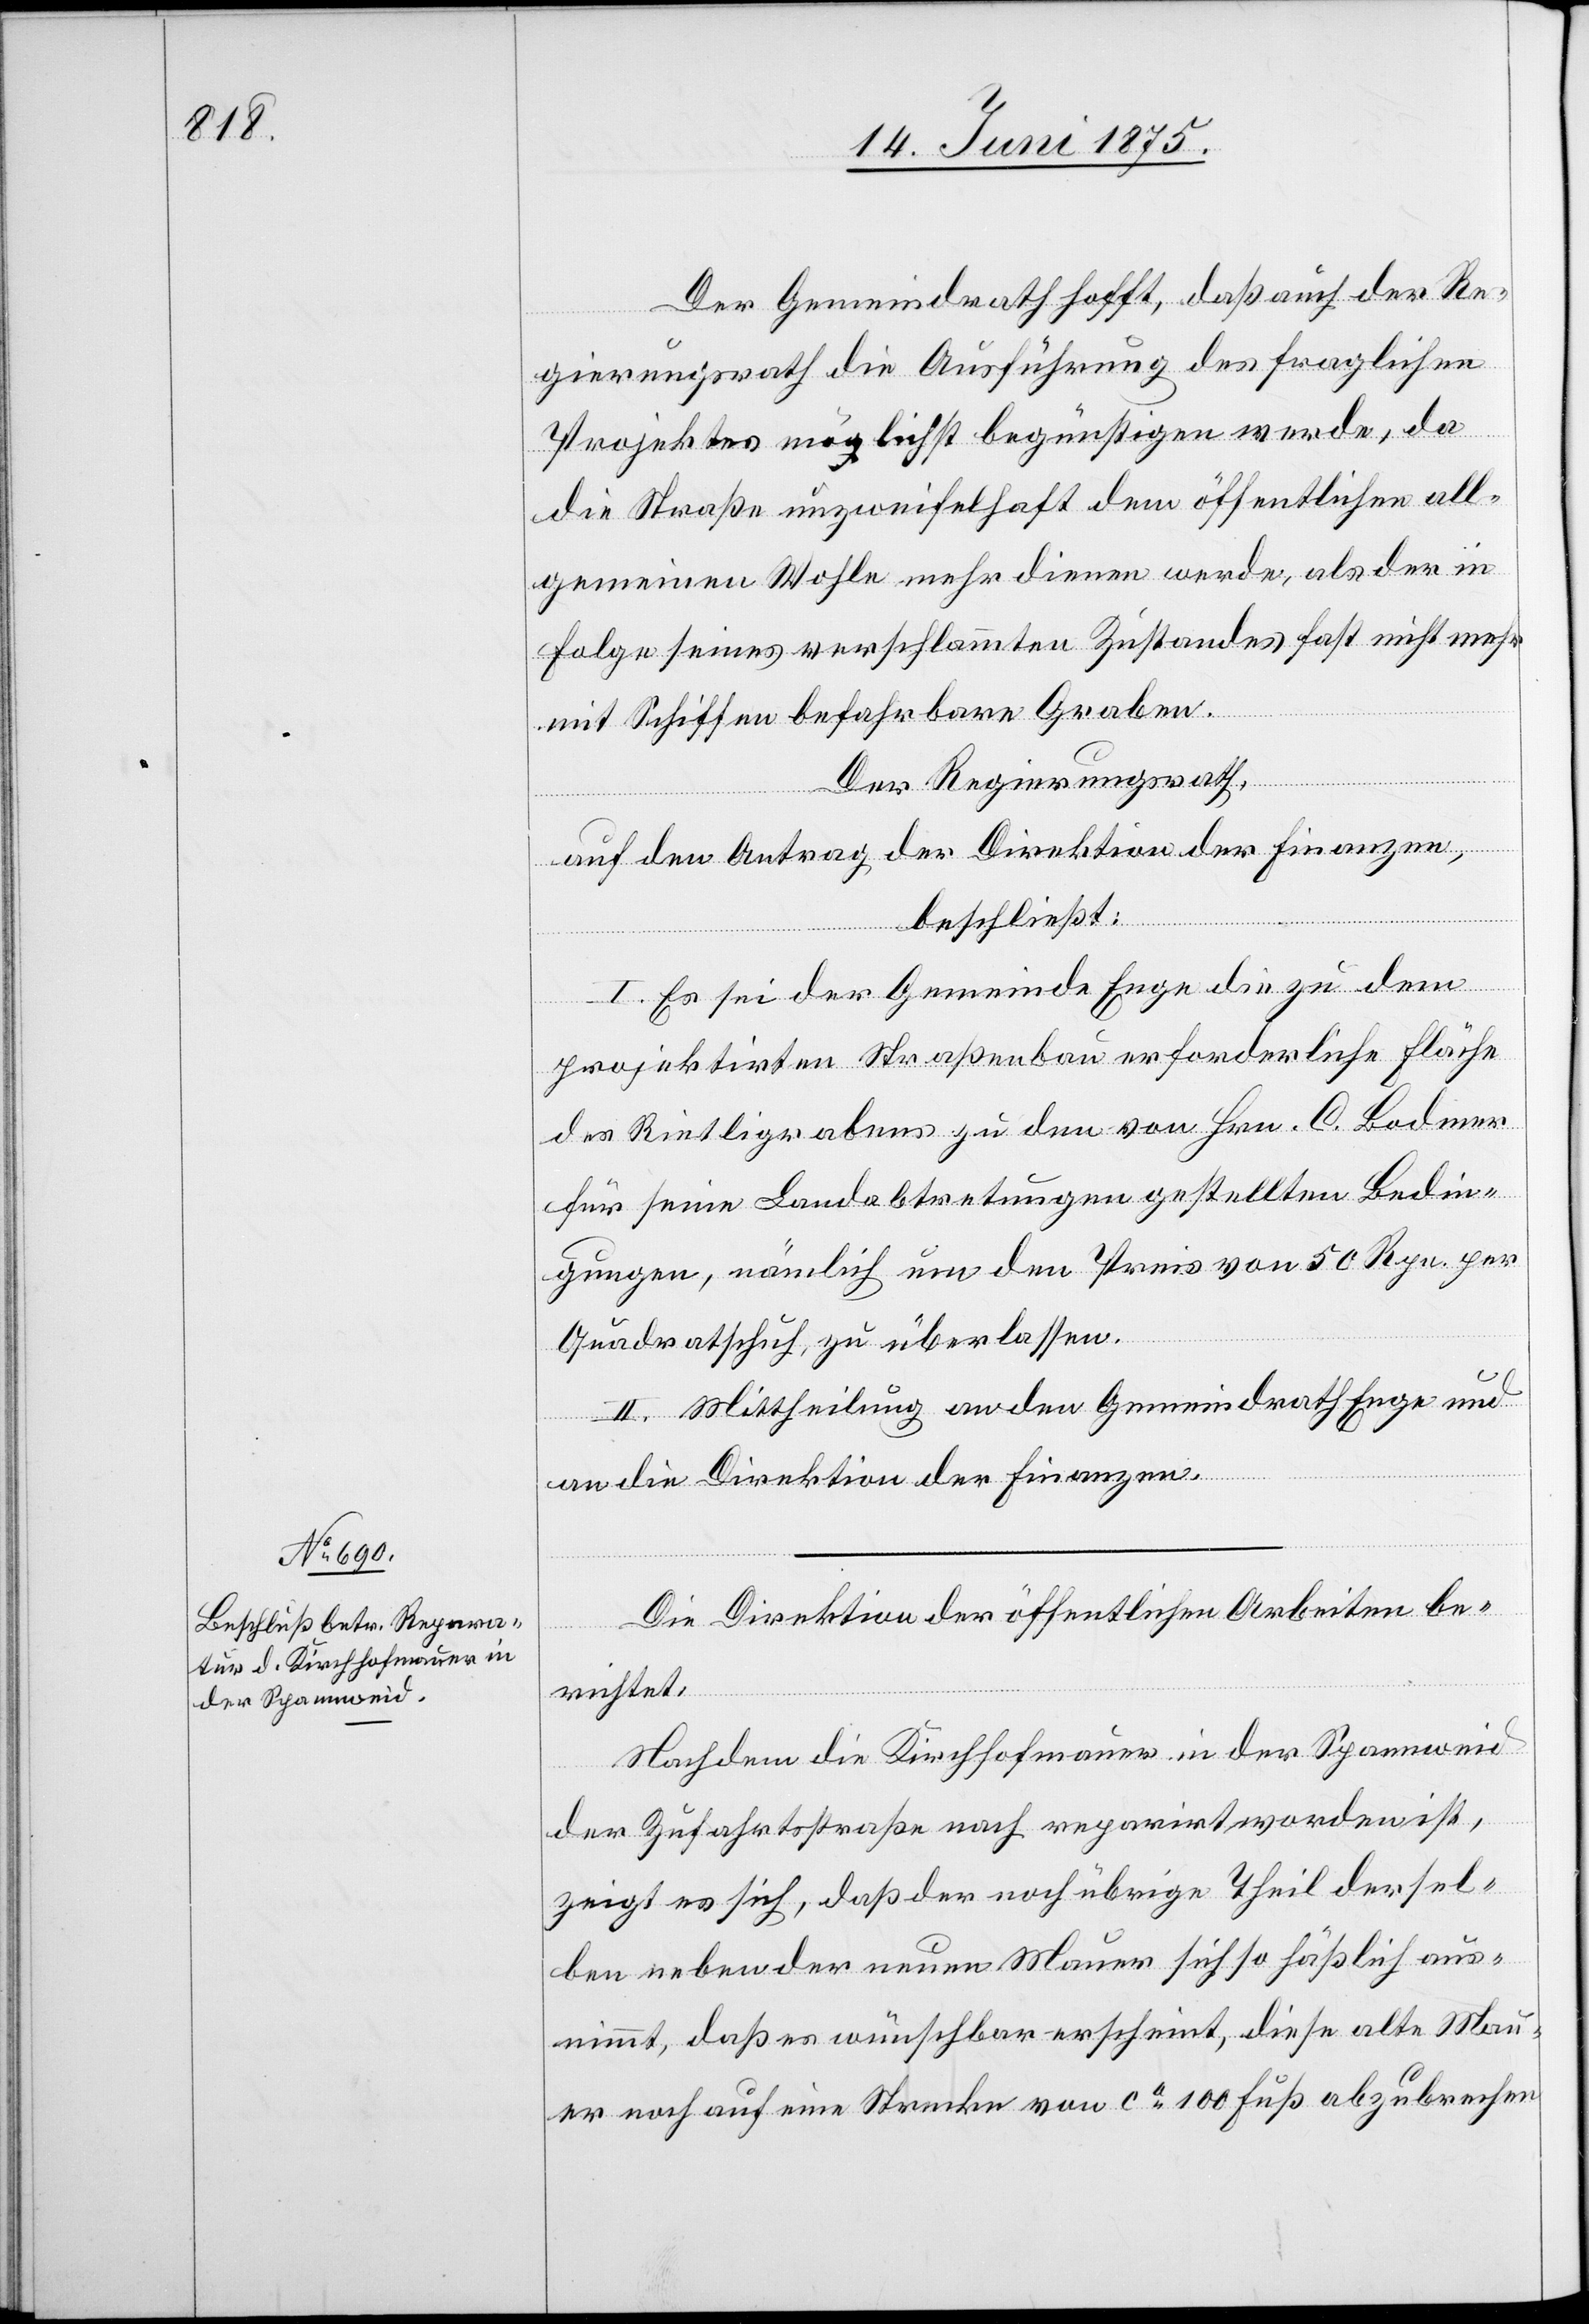
Der Gemeindrath hofft, daß auch der Re¬
gierungsrath die Ausführung des fraglichen
Projektes möglichst begünstigen werde, da
die Straße unzweifelhaft dem öffentlichen all¬
gemeinen Wohl mehr dienen werde, als der in
Folge seines verschlammten Zustandes fast nicht mehr
mit Schiffen befahrbare Graben.
Der Regierungsrath,
auf den Antrag der Direktion der Finanzen,
beschließt:
I. Es sei der Gemeinde Enge die zu dem
projektirten Straßenbau erforderliche Fläche
des Riedtligrabens zu den von Hrn. C. Bodmer
für seine Landabtretungen gestellten Bedin¬
gungen, nämlich um den Preis von 50 Rpn. per
Quadratschuh, zu überlassen.
II. Mittheilung an den Gemeindrath Enge und
an die Direktion der Finanzen.
Die Direktion der öffentlichen Arbeiten be¬
richtet:
Nachdem die Kirchhofmauer in der Spannweid
der Zufahrtsstraße nach reparirt worden ist,
zeigt es sich, daß der noch übrige Theil dersel¬
ben neben der neuen Mauer sich so häßlich aus¬
nimmt, daß es wünschbar erscheint, diese alte Mau¬
er noch auf eine Strecke von ca 100 Fuß abzubrechen